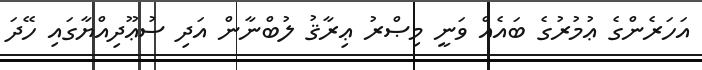
އަހަރެންގެ ޢުމުރުގެ ބައެއް ވަނީ މިޞްރު ޢިރާޤު ލުބްނާން އަދި ސުޢޫދިއްޔާގައި ހޭދަ